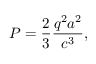
P = { \frac { 2 } { 3 } } { \frac { q ^ { 2 } a ^ { 2 } } { c ^ { 3 } } } ,